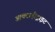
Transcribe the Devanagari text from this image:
आक्टाहीड्राइट